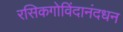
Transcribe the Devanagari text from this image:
रसिकगोविंदानंदधन